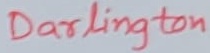
Text: Darlington